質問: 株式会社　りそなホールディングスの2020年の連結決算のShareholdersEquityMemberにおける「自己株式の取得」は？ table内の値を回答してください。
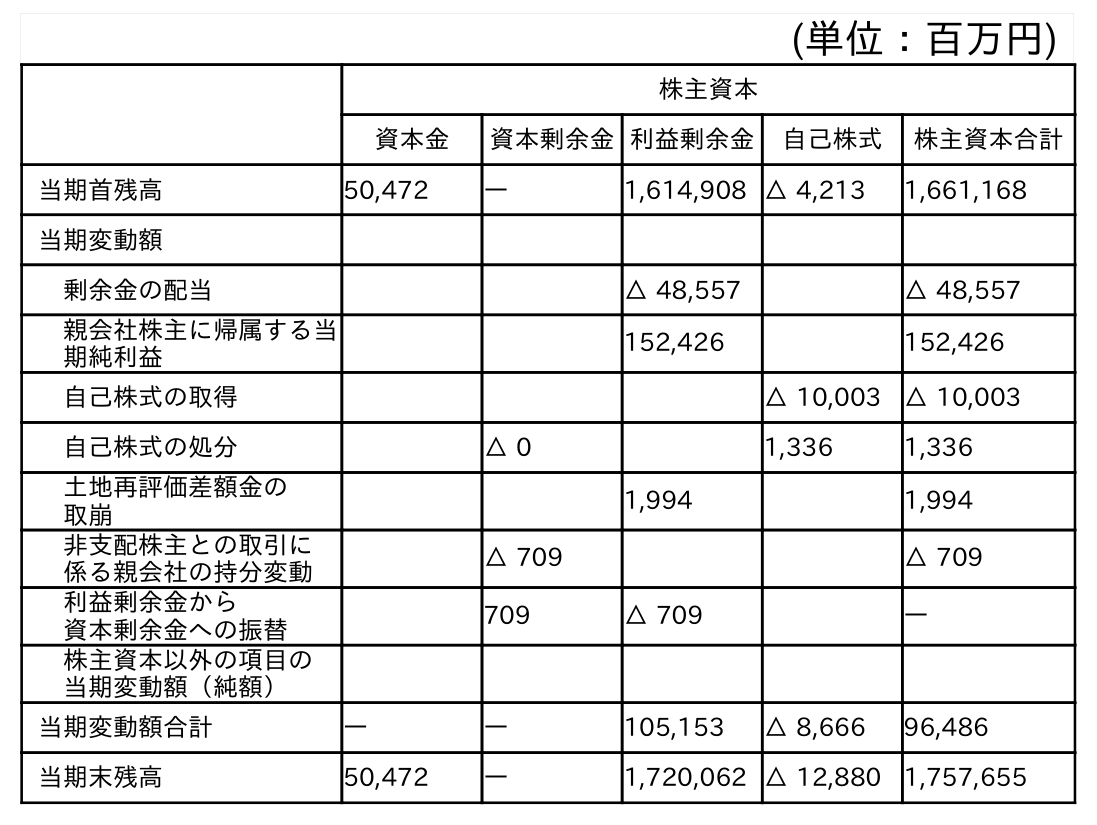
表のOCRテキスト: (単位：百万円) 株主資本 資本金 資本剰余金利益剰余金 自己株式 株主資本合計 当期首残高 50,472 ― 1,614,908 △ 4,213 1,661,168 当期変動額 剰余金の配当 △ 48,557 △ 48,557 親会社株主に帰属する当 期純利益 152,426 152,426 自己株式の取得 △ 10,003 △ 10,003 自己株式の処分 △ 0 1,336 1,336 土地再評価差額金の 取崩 1,994 1,994 非支配株主との取引に 係る親会社の持分変動 △ 709 △ 709 利益剰余金から 資本剰余金への振替 709 △ 709 ― 株主資本以外の項目の 当期変動額（純額） 当期変動額合計 ― ― 105,153 △ 8,666 96,486 当期末残高 50,472 ― 1,720,062 △ 12,880 1,757,655
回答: △10,003